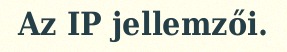
Az IP jellemzői.